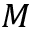
M